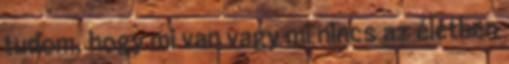
tudom, hogy mi van vagy mi nincs az életben